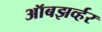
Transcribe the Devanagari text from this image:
ऑबझर्व्हर